Indian journal of veterinary science and animal husbandry - Volume 10,
Year: 1940
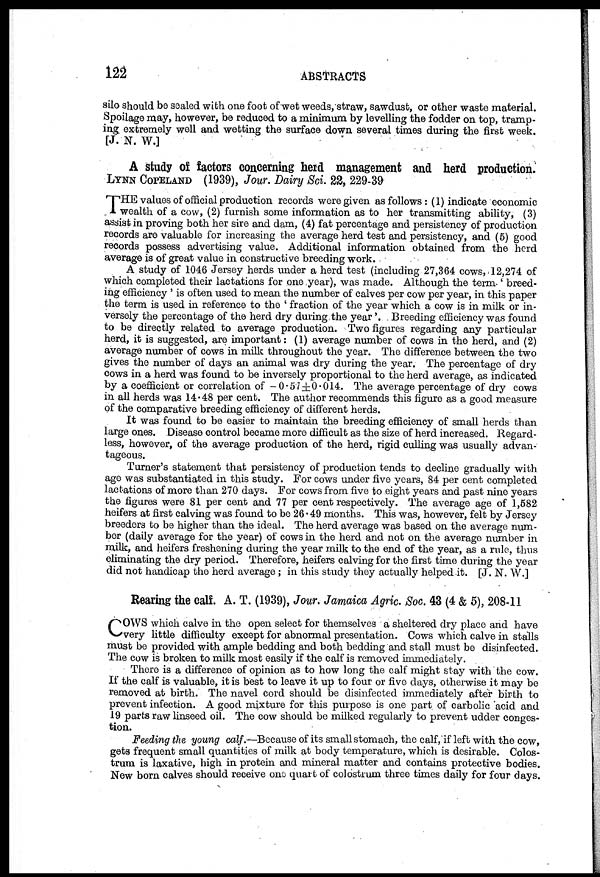
122
ABSTRACTS
silo should be sealed with one foot of wet weeds,straw, sawdust, or other waste material.
Spoilage may, however, be reduced to a minimum by levelling the fodder on top, tramp-
ing extremely well and wetting the surface down several times during the first week.
[J. N. W.]
A study of factors concerning herd management and herd production.
LYNN COPELAND (1939), Jour. Dairy Sci. 22, 229-39
T HE values of official production records were given as follows: (1) indicate economic
wealth of a cow, (2) furnish some information as to her transmitting ability, (3)
assist in proving both her sire and dam, (4) fat percentage and persistency of production
records are valuable for increasing the average herd test and persistency, and (5) good
records possess advertising value. Additional information obtained from the herd
average is of great value in constructive breeding work.
A study of 1046 Jersey herds under a herd test (including 27,364 cows, 12,274 of
which completed their lactations for one year), was made. Although the term ' breed-
ing efficiency ' is often used to mean the number of calves per cow per year, in this paper
the term is used in reference to the ' fraction of the year which a cow is in milk or in-
versely the percentage of the herd dry during the year '. Breeding efficiency was found
to be directly related to average production. Two figures regarding any particular
herd, it is suggested, are important: (1) average number of cows in the herd, and (2)
average number of cows in milk throughout the year. The difference between the two
gives the number of days an animal was dry during the year. The percentage of dry
cows in a herd was found to be inversely proportional to the herd average, as indicated
by a coefficient or correlation of - 0.57 ± 0.014. The average percentage of dry cows
in all herds was 14.48 per cent. The author recommends this figure as a good measure
of the comparative breeding efficiency of different herds.
It was found to be easier to maintain the breeding efficiency of small herds than
large ones. Disease control became more difficult as the size of herd increased. Regard-
less, however, of the average production of the herd, rigid culling was usually advan-
tageous.
Turner's statement that persistency of production tends to decline gradually with
age was substantiated in this study. For cows under five years, 84 per cent completed
lactations of more than 270 days. For cows from five to eight years and past nine years
the figures were 81 per cent and 77 per cent respectively. The average age of 1,582
heifers at first calving was found to be 26.49 months. This was, however, felt by Jersey
breeders to be higher than the ideal. The herd average was based on the average num-
ber (daily average for the year) of cows in the herd and not on the average number in
milk, and heifers freshening during the year milk to the end of the year, as a rule, thus
eliminating the dry period. Therefore, heifers calving for the first time during the year
did not handicap the herd average; in this study they actually helped it. [J. N. W.]
Rearing the calf. A. T. (1939), Jour. Jamaica Agric. Soc. 43 (4 & 5), 208-11
C OWS which calve in the open select for themselves a sheltered dry place and have
very little difficulty except for abnormal presentation. Cows which calve in stalls
must be provided with ample bedding and both bedding and stall must be disinfected.
The cow is broken to milk most easily if the calf is removed immediately.
There is a difference of opinion as to how long the calf might stay with the cow.
If the calf is valuable, it is best to leave it up to four or five days, otherwise it may be
removed at birth. The navel cord should be disinfected immediately after birth to
prevent infection. A good mixture for this purpose is one part of carbolic acid and
19 parts raw linseed oil. The cow should be milked regularly to prevent udder conges-
tion.
Feeding the young calf.—Because of its small stomach, the calf, if left with the cow,
gets frequent small quantities of milk at body temperature, which is desirable. Colos-
trum is laxative, high in protein and mineral matter and contains protective bodies.
New born calves should receive one quart of colostrum three times daily for four days.